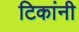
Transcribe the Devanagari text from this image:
टिकांनी